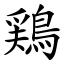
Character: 鶏